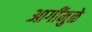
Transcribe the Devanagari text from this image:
आगींमुळे